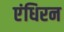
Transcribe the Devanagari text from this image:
एंधिरन